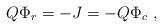
LaTeX: \begin{align*}Q\Phi _{r}=-J=-Q\Phi _{c}\ , \end{align*}